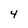
Character: 4